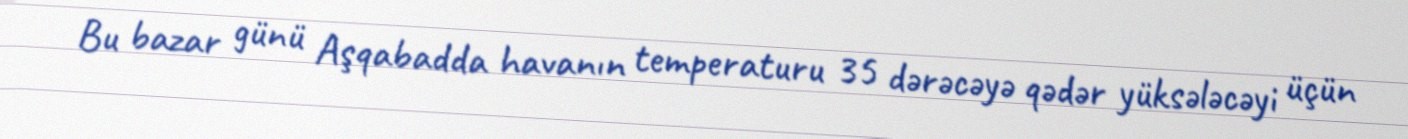
Bu bazar günü Aşqabadda havanın temperaturu 35 dərəcəyə qədər yüksələcəyi üçün